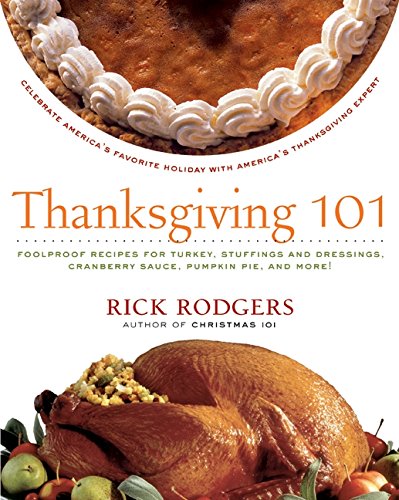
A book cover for Thanksgiving 101: Celebrate America's Favorite Holiday with America's Thanksgiving Expert (Holidays 101); Rick Rodgers; Cookbooks, Food & Wine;